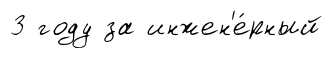
3 году за инжен'е́рный